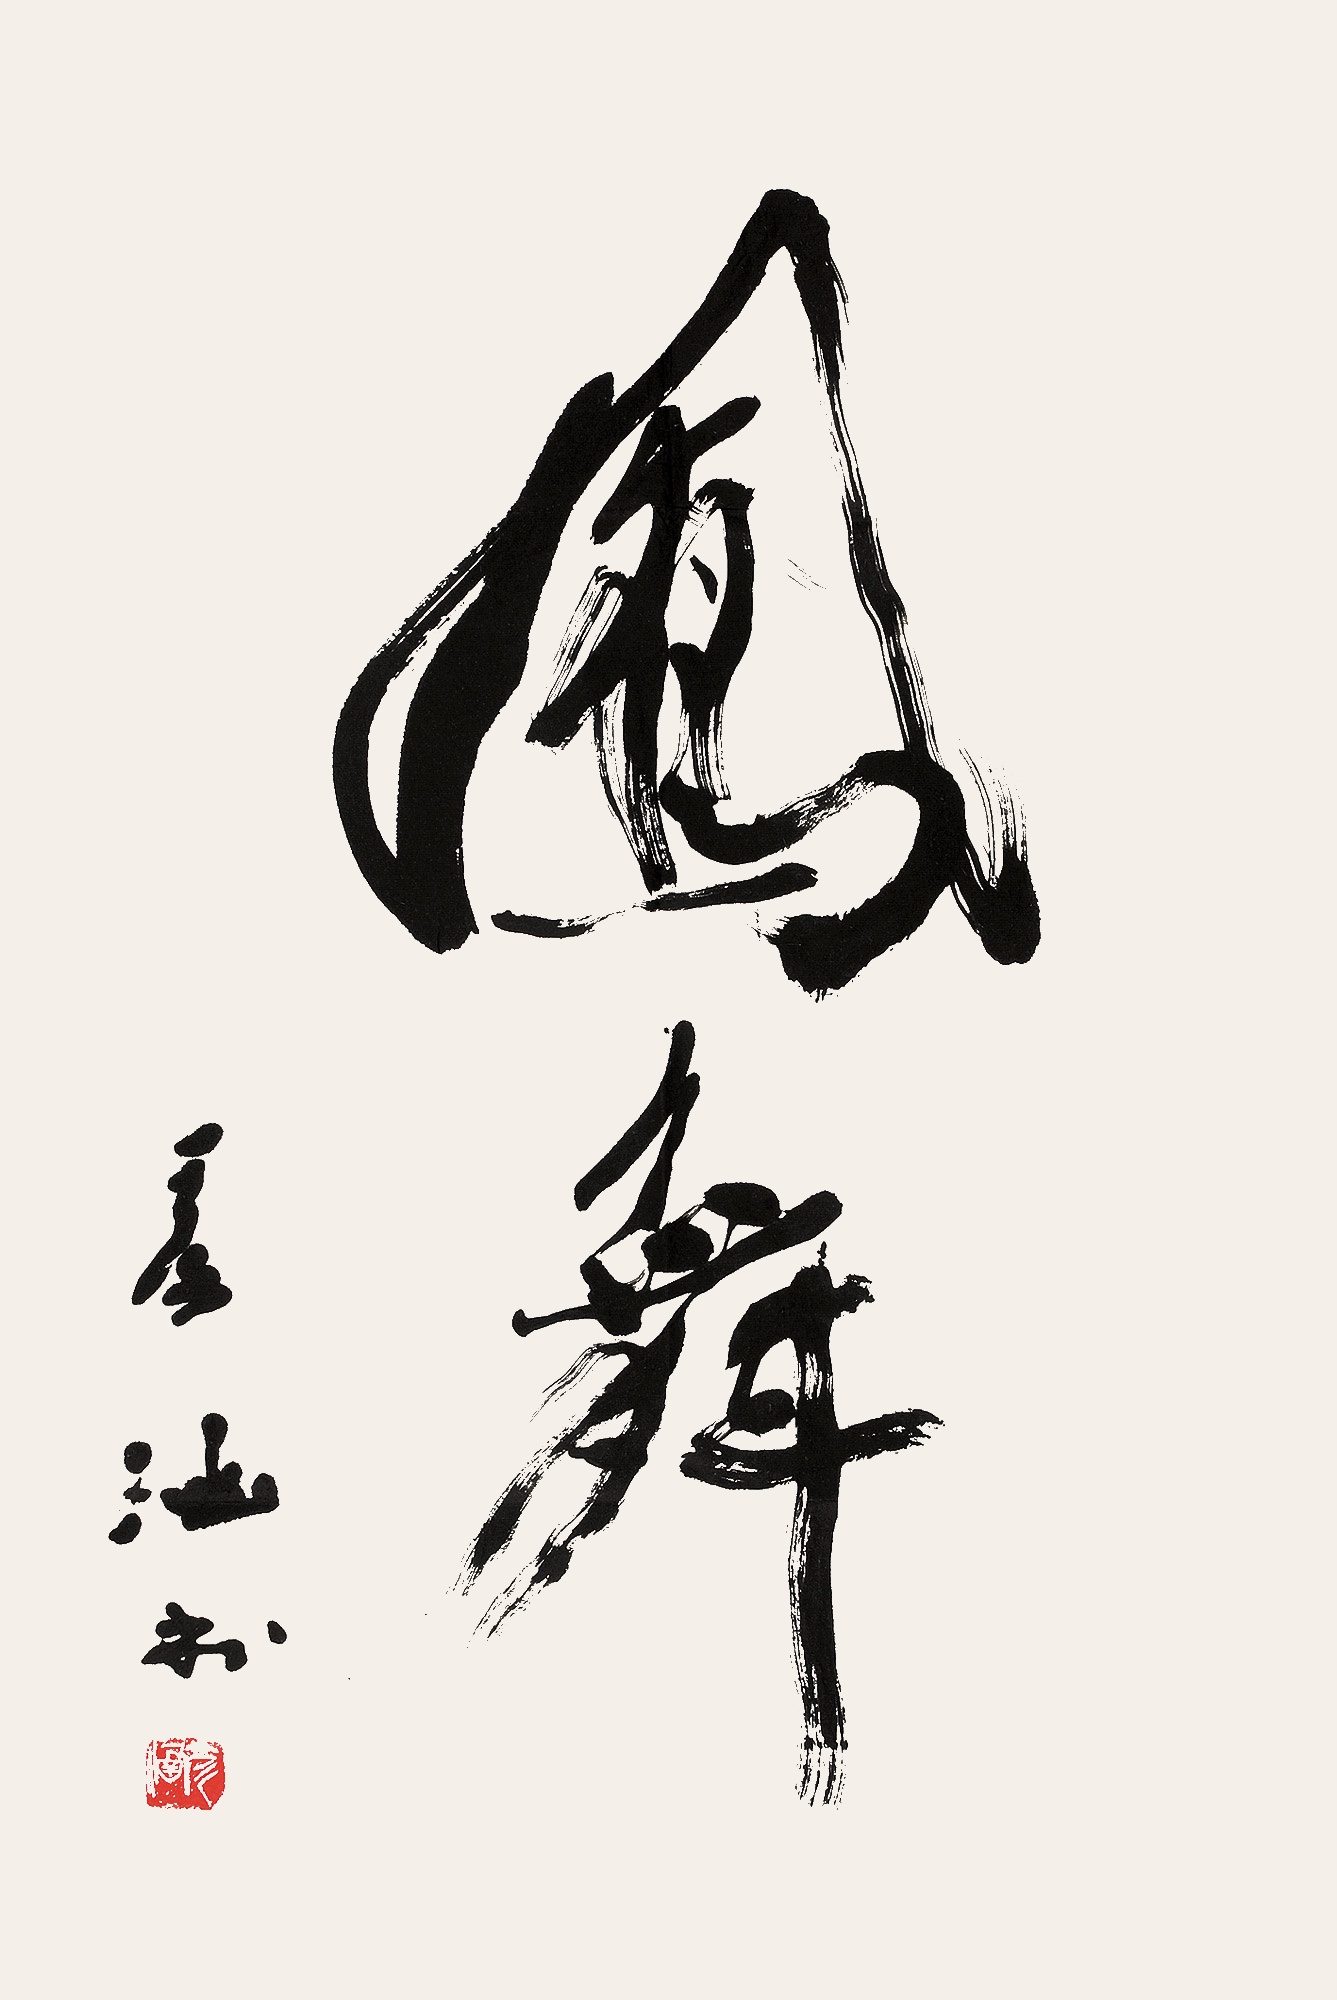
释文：凤舞彦涵书。